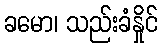
ခမော၊ သည်းခံနှိုင်